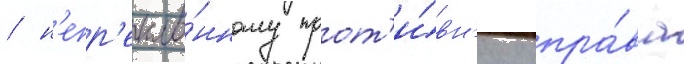
/ н'епр'екло́нному прот'и́вн'ику пра́ва